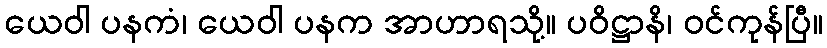
ယေဝါ ပနကံ၊ ယေဝါ ပနက အာဟာရသို့။ ပဝိဋ္ဌာနိ၊ ဝင်ကုန်ပြီ။